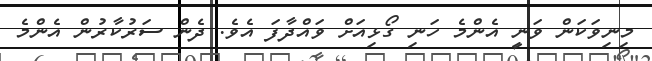
މިނިވަކަން ވަނީ އެންމެ ހަނި ގޯޅިއަށް ވައްދާފަ އެވެ. ދެން ސަރުކާރުން އެންމެ